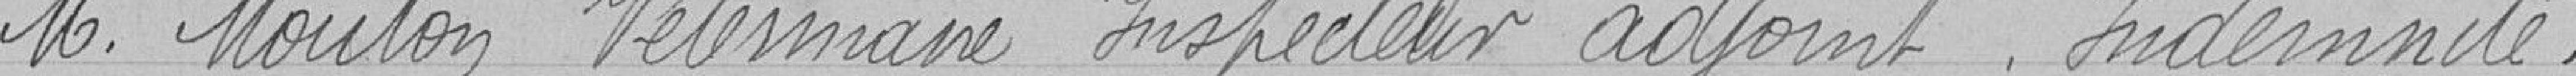
M. Mouton vétérinaire inspecteur adjoint. Indemnité.